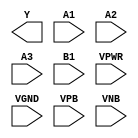
module sky130_fd_sc_ms__o31ai (
    Y   ,
    A1  ,
    A2  ,
    A3  ,
    B1  ,
    VPWR,
    VGND,
    VPB ,
    VNB
);

    output Y   ;
    input  A1  ;
    input  A2  ;
    input  A3  ;
    input  B1  ;
    input  VPWR;
    input  VGND;
    input  VPB ;
    input  VNB ;
endmodule